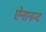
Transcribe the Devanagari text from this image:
ऐनानन्द